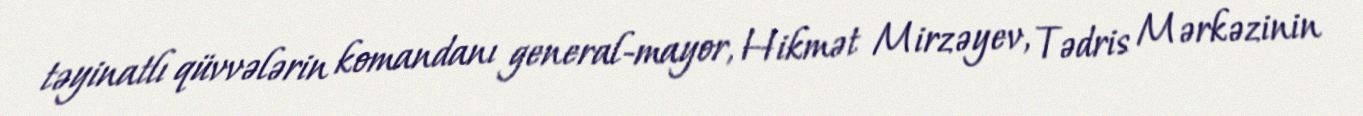
təyinatlı qüvvələrin komandanı general-mayor, Hikmət Mirzəyev, Tədris Mərkəzinin